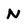
Character: N